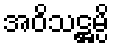
အဝိသဋ္ဌမ္ပိ